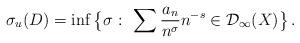
LaTeX: \begin{align*} \sigma_{u}(D) = \inf \big\{ \sigma \, \colon \, \sum \frac{a_{n}}{n^{\sigma}} n^{-s} \in \mathcal{D}_{\infty} (X) \big\} \,.\end{align*}